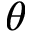
\theta